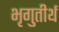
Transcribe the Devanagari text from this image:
भृगुतीर्थ